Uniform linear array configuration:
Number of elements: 4
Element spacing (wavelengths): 1
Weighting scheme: binomial
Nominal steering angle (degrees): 15
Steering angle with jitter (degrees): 14.872
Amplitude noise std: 0.05
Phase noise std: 0.05

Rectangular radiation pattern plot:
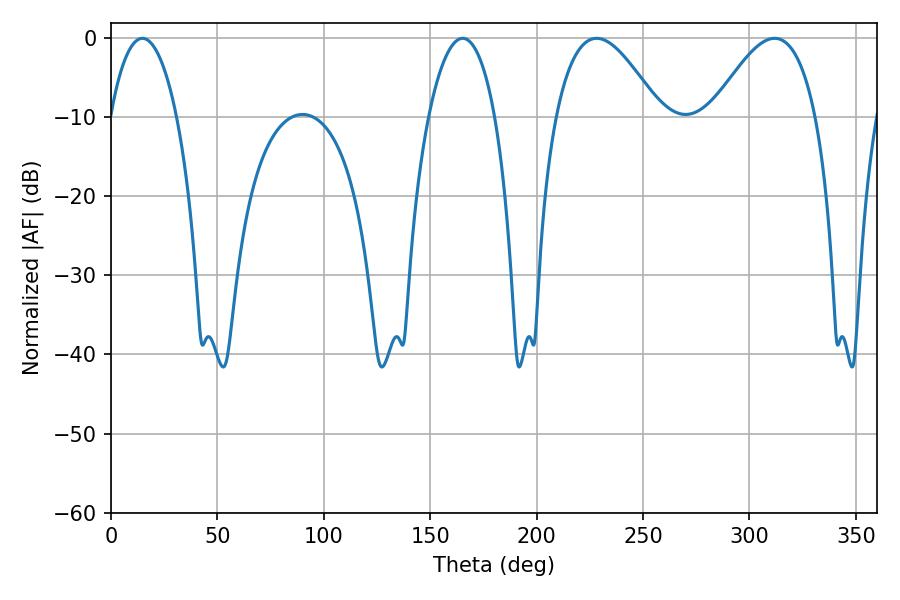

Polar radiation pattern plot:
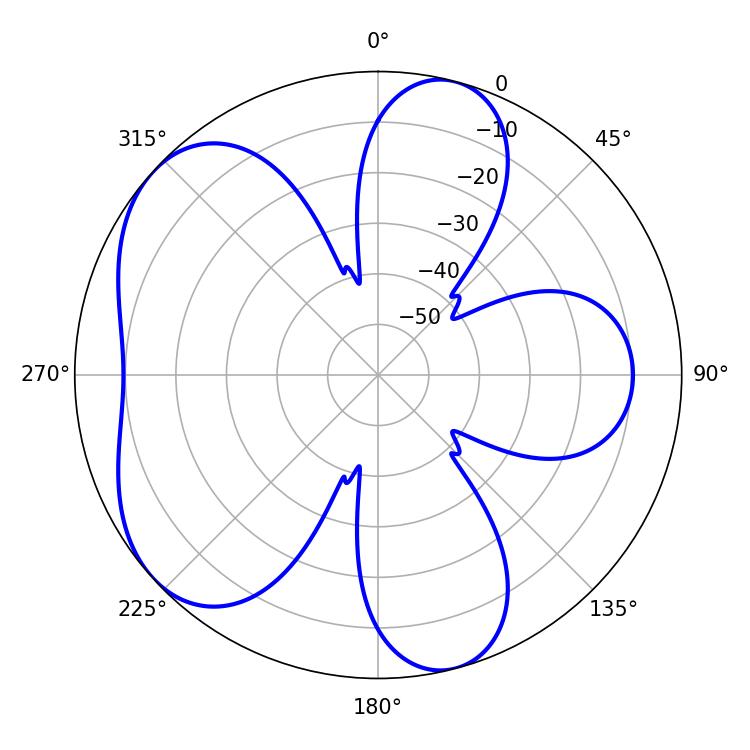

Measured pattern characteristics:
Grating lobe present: TRUE
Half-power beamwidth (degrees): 17.64
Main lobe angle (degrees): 14.76